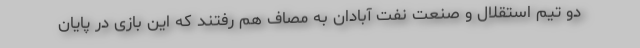
دو تیم استقلال و صنعت نفت آبادان به مصاف هم رفتند که این بازی در پایان